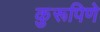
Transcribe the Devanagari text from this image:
कुरूपिणे